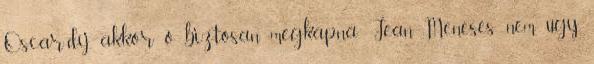
Oscar-díj, akkor ő biztosan megkapná Jean Meneses nem úgy